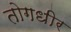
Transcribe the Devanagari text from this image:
तोगधीर